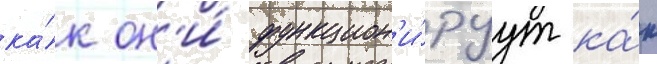
ка́к он'и́ функцион'и́руут ка́к